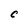
Character: C